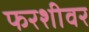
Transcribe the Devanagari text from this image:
फरशीवर